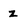
Character: z